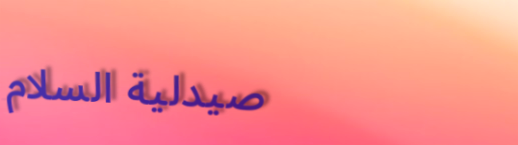
صيدلية السلام